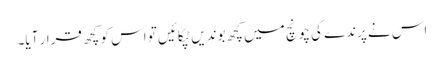
اس نے پرندے کی چونچ میں کچھ بوندیں ٹپکائیں تو اس کو کچھ قرار آیا۔